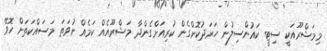
މިމަޝްރޫއަކީ ސިޓީ ކައުންސިލުން ހަރަދުކޮށްގެން ކުރިއަށްގެންދާ މަޝްރޫއެއް ކަމެއް ނުވަތަ މަސައްކަތަށް ހޮވޭ